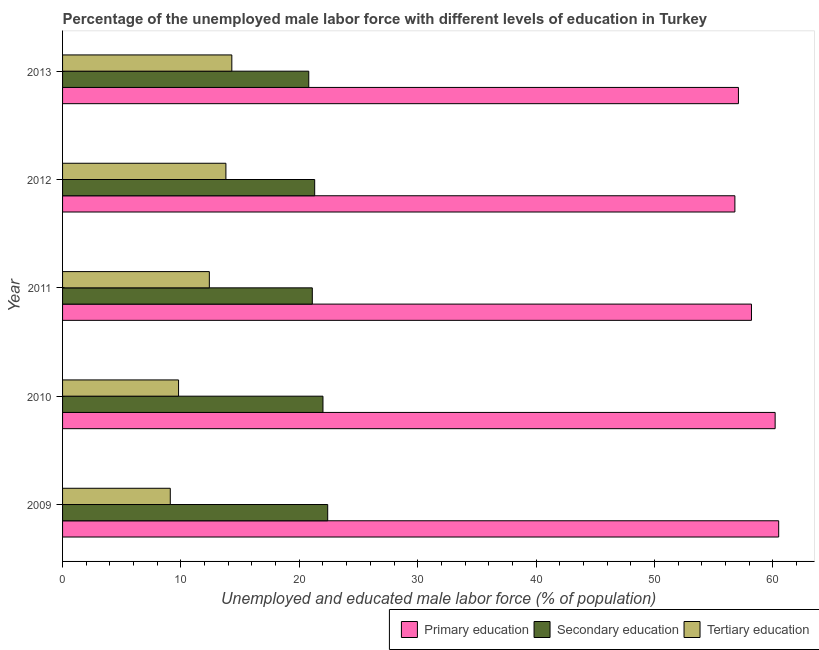
| Year | Primary education | Secondary education | Tertiary education |
 | --- | --- | --- | --- |
 | 2009 | 60.5 | 22.4 | 9.1 |
 | 2010 | 60.2 | 22 | 9.8 |
 | 2011 | 58.2 | 21.1 | 12.4 |
 | 2012 | 56.8 | 21.3 | 13.8 |
 | 2013 | 57.1 | 20.8 | 14.3 |